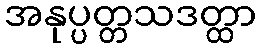
အနုပ္ပတ္တသဒတ္ထာ